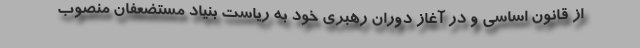
از قانون اساسی و در آغاز دوران رهبری خود به ریاست بنیاد مستضعفان منصوب